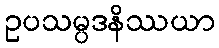
ဥပသမ္ပဒနိဿယာ